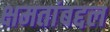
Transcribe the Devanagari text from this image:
क्षमतांबद्दल